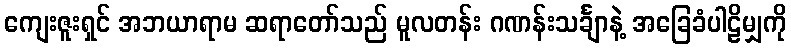
ကျေးဇူးရှင် အဘယာရာမ ဆရာတော်သည် မူလတန်း ဂဏန်းသင်္ချာနဲ့ အခြေခံပါဠိမျှကို